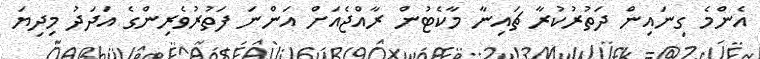
އެންމެ ގިނައިން ދަތުރުކުރާ ޗައިނާ މާކެޓުން ރާއްޖެއަށް އަންނަ ފަތުރުވެރިންގެ އަދަދު މިދިޔަ